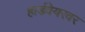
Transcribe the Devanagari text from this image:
हार्डवेयरवर